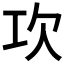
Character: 𣢈